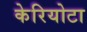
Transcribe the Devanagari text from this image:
केरियोटा